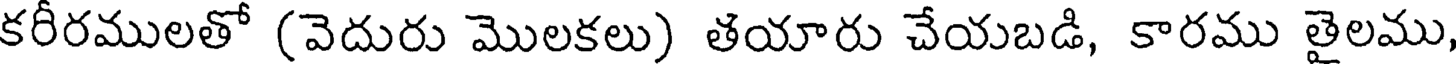
కరీరములతో (వెదురు మొలకలు) తయారు చేయబడి, కారము తైలము